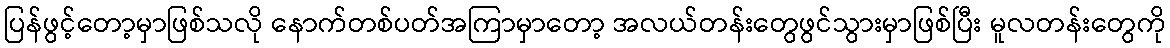
ပြန်ဖွင့်တော့မှာဖြစ်သလို နောက်တစ်ပတ်အကြာမှာတော့ အလယ်တန်းတွေဖွင်သွားမှာဖြစ်ပြီး မူလတန်းတွေကို